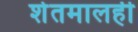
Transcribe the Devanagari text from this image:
शेतमालही